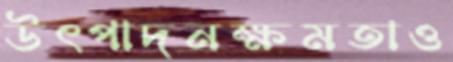
উৎপাদনক্ষমতাও